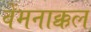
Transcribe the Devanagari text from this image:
वेंमनाक्कल